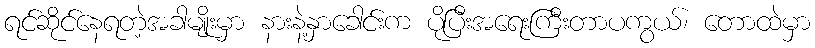
ရင်ဆိုင်နေရတဲ့အခါမျိုးမှာ နားနဲ့နှာခေါင်းက ပိုပြီးအရေးကြီးတာပကွယ်၊ တောထဲမှာ